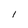
Character: l